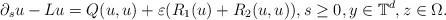
LaTeX: \begin{align*}\partial_s u - L u = Q(u,u) + \varepsilon( R_1(u) +R_2(u,u)), s\geq 0, y \in \mathbb{T}^d,z \in \Omega.\end{align*}